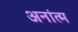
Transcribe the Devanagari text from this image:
अनांत्म